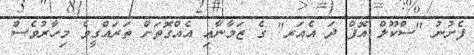
ފެށުނު "ސްކޫލް އޮފް ދަ އެއަރ" ގެ ޒަމާނާއި އެއްގޮތަށް ތަރައްގީވެ މިހާރުވެސް